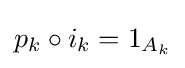
{\textstyle p_{k}\circ i_{k}=1_{A_{k}}}